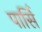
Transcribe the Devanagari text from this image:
पार्सि